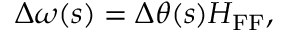
\Delta \omega ( s ) = \Delta \theta ( s ) H _ { \mathrm { F F } } ,